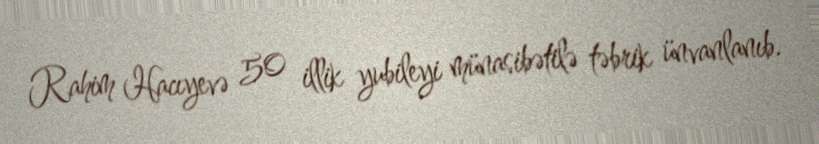
Rahim Hacıyevə 50 illik yubileyi münasibətilə təbrik ünvanlanıb.